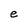
Character: e